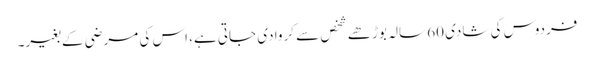
فردوس کی شادی 60 سالہ بوڑھے شخص سے کروا دی جاتی ہے، اس کی مرضی کے بغیر۔